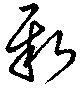
新